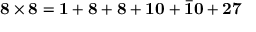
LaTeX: { \bf 8 } \times { \bf 8 } = { \bf 1 } + { \bf 8 } + { \bf 8 } + { \bf 1 0 } + { \bf \bar { 1 0 } } + { \bf 2 7 }